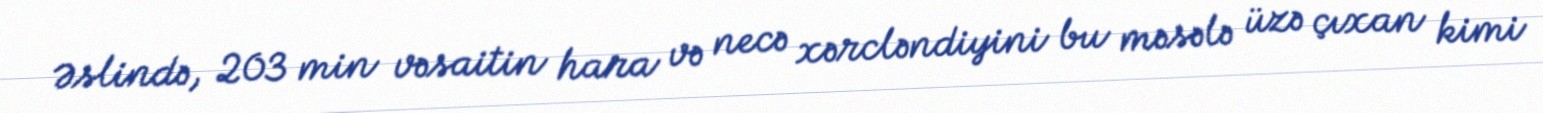
Əslində, 203 min vəsaitin hara və necə xərcləndiyini bu məsələ üzə çıxan kimi